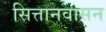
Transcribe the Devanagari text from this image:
सित्तानवासन